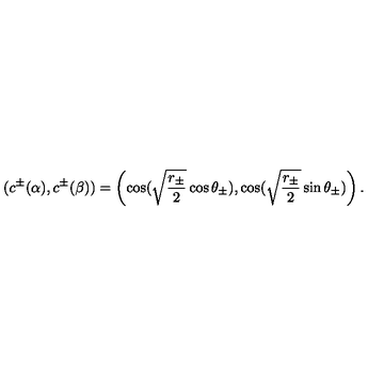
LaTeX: ( c ^ { \pm } ( \alpha ) , c ^ { \pm } ( \beta ) ) = \left( \cos ( \sqrt { \frac { r _ { \pm } } { 2 } } \cos \theta _ { \pm } ) , \cos ( \sqrt { \frac { r _ { \pm } } { 2 } } \sin \theta _ { \pm } ) \right) .